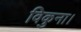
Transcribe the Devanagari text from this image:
विकुना।